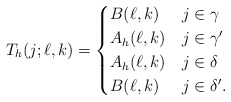
\begin{align*}T_h(j;\ell,k)=\begin{cases} B(\ell,k) & j\in\gamma \\ A_h(\ell,k) & j\in\gamma' \\ A_h(\ell,k) & j\in\delta \\ B(\ell,k) & j\in\delta'. \end{cases}\end{align*}